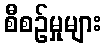
စီစဉ်မှုများ